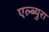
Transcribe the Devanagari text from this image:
एल्ब्युरा